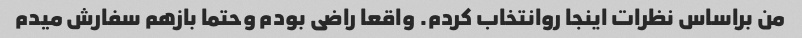
من براساس نظرات اینجا روانتخاب کردم. واقعا راضی بودم وحتما بازهم سفارش میدم